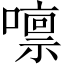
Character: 𡀀